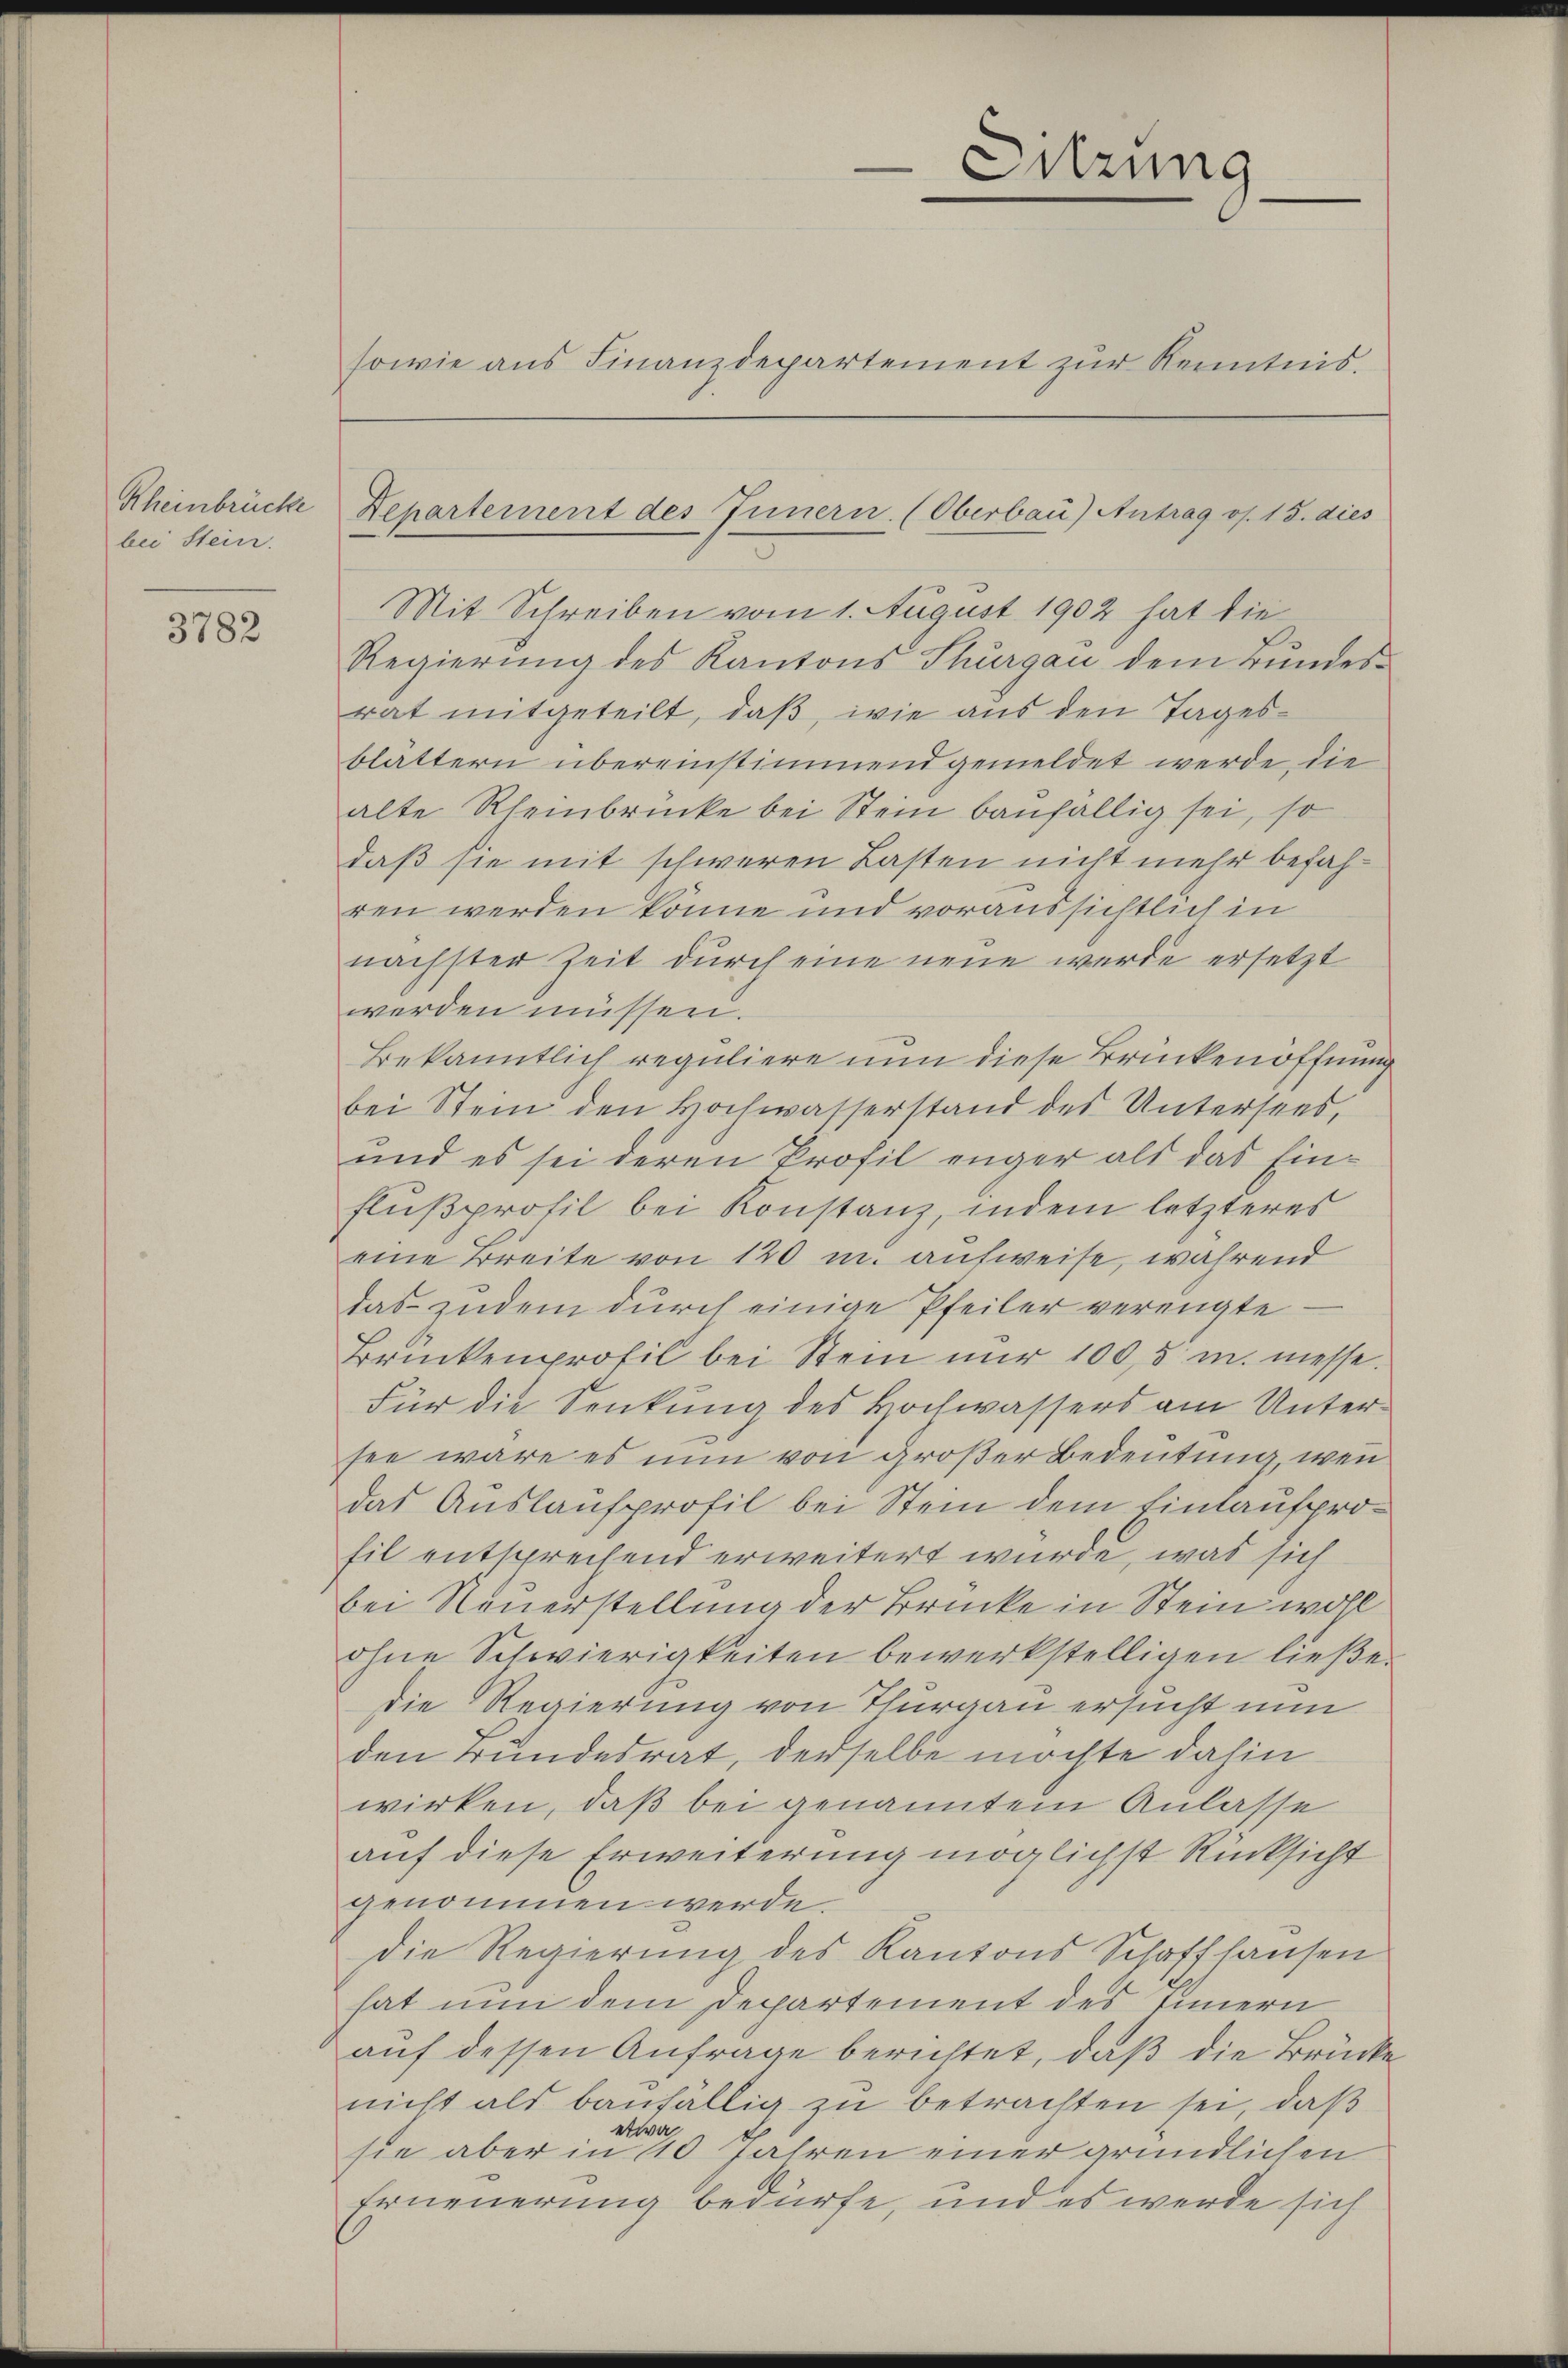
bei Stein.

3782

Sitzung

sowie aus Finanzdepartement zur Kenntnis.

Mit Schreiben vom 1. August 1902 hat die
Regierung des Kantons Thurgau dem Bundesrat mitgeteilt, daß, wie aus den Tagesblättern übereinstimmend gemeldet werde, die
alte Rheinbrücke bei Stein baufällig sei, so
daß sie mit schweren Lasten nicht mehr befahren werden könne und voraussichtlich in
nächster Zeit durch eine neue werde ersetzt
werden müssen.
Bekanntlich reguliere nun diese Brücken öffnung
bei Stein den Hochwasserstand des Untersees,
und es sei deren Profil enger als das Ein¬
Flußprofil bei Konstanz, indem letzteres
eine Breite von 120 m. aufweise, während
das zudem durch einige Pfeiler verengte
Brückenprofil bei Stein nur 1005 u. messe.
Für die Senkung des kochwassers am Untersee wäre es nun von großer Bedeutung, wenn
das Auslaufprofil bei Stein dem Einlaufprofil entsprechend erweitert wurde, was sich
bei Neuerstellung der Brücke in Stein wohl
ohne Schwierigkeiten bewerkstelligen ließe.
die Regierung von Thurgau ersucht nun
den Bundesrat, derselbe möchte dahin
wirken, daß bei genanntem Anlasse
auf diese Erweiterung möglichst Rücksicht
genommen werde.
Die Regierung des Kantons Schaffhausen
hat nun dem Departement des Innern
auf dessen Anfrage berichtet, daß die Brücke
nicht als baufällig zu betrachten sei, daß
etwa
sie aber in 40 Jahren einer gründlichen
Erneuerung bedürfe, und es werde sich

Rheinbrücke Departement des Innern. (Oberbau) Antrag os. 15. dies